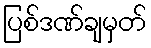
ပြစ်ဒဏ်ချမှတ်